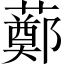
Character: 𧀿